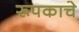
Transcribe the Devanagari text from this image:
रूपकाचे